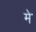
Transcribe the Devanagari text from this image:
मेॱ